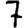
Digit: 7